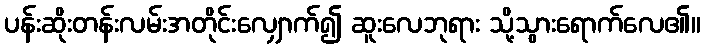
ပန်းဆိုးတန်းလမ်းအတိုင်းလျှောက်၍ ဆူးလေဘုရား သို့သွားရောက်လေ၏။